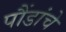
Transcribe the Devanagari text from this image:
पौंडांचे